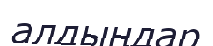
алдыңдар